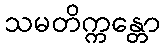
သမတိက္ကန္တော